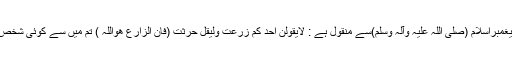
واضح رہے کہ انسان کاکام صرف کاشت کرناہے اُسے اُگانا خداکا کام ہے ،اسی لیے ایک حدیث میں پیغمبراسلام (صلی اللہ علیہ وآلہ وسلم)سے منقول ہے : لایقولن احد کم زرعت ولیقل حرثت (فان الزارع ھواللہ ) تم میں سے کوئی شخص یہ نہ کہے کہ میں نے زراعت کی بلکہ یہ کہے کہ میں کاشت کی کیونکہ زراع حقیقی خدا ہے (١) ۔